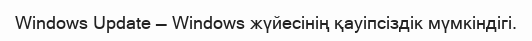
Windows Update — Windows жүйесінің қауіпсіздік мүмкіндігі.